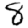
Digit: 8